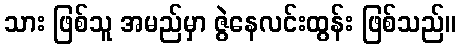
သား ဖြစ်သူ အမည်မှာ ဇွဲနေလင်းထွန်း ဖြစ်သည်။